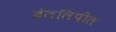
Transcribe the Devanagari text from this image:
ब्रेललिपीत